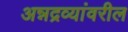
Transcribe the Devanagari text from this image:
अन्नद्रव्यांवरील